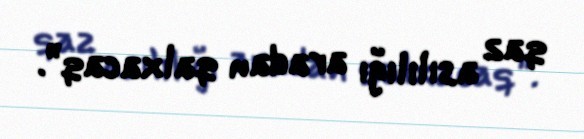
qaz asılılığı aradan qalxacaq”.